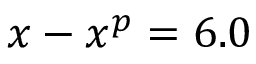
x - x ^ { p } = 6 . 0